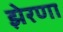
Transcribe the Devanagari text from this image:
झेरणा